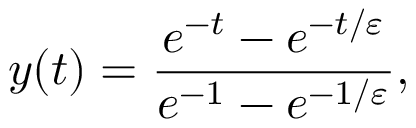
y ( t ) = { \frac { e ^ { - t } - e ^ { - t / \varepsilon } } { e ^ { - 1 } - e ^ { - 1 / \varepsilon } } } ,